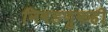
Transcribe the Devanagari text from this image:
निवडणुकही